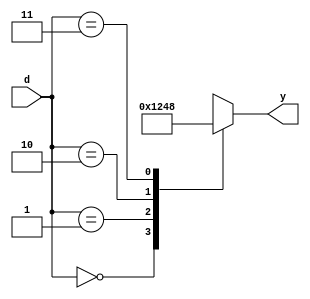
`timescale 1ns / 1ps
//////////////////////////////////////////////////////////////////////////////////
// Company: 
// Engineer: 
// 
// Design Name: 
// Module Name: decoder_2to4
// Project Name: 
// Target Devices: 
// Tool Versions: 
// Description: 
// 
// Dependencies: 
// 
// Revision:
// Revision 0.01 - File Created
// Additional Comments:
// 
//////////////////////////////////////////////////////////////////////////////////


module decoder_2to4(
    input [1:0] d,
    output reg [3:0] y
    );
    always@(*) 
    begin 
    case(d) 
    2'b00:y=4'b0001;
    2'b01:y=4'b0010;
    2'b10:y=4'b0100;
    2'b11:y=4'b1000;
    endcase
    end
endmodule